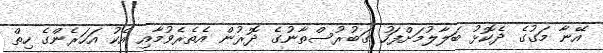
އޭނާ މަގުގެ ދެކޮޅު ބަލާލުމަށްފަހު ގަބުރުސްތާނުގެ ދޮރުން އެތެރެވުމާއި އެކު އަހަރެންގެ ހިތް